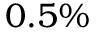
0 . 5 \%